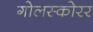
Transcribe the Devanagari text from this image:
गोलस्कोरर